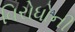
વિરોધોની